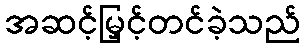
အဆင့်မြှင့်တင်ခဲ့သည်